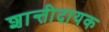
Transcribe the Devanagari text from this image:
शान्तीदायक